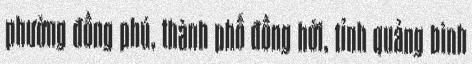
phường đồng phú, thành phố đồng hới, tỉnh quảng bình